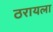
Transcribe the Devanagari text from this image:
ठरायला